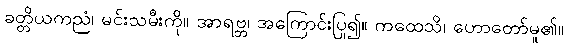
ခတ္တိယကညံ၊ မင်းသမီးကို။ အာရဗ္ဘ၊ အကြောင်းပြု၍။ ကထေသိ၊ ဟောတော်မူ၏။